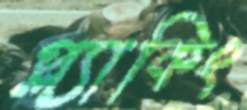
প্ল্যাকিং